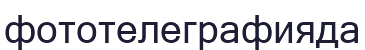
фототелеграфияда